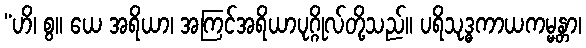
“ဟိ၊ စွ။ ယေ အရိယာ၊ အကြင်အရိယာပုဂ္ဂိုလ်တို့သည်။ ပရိသုဒ္ဓကာယကမ္မန္တာ၊